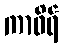
ကာဖိရ်